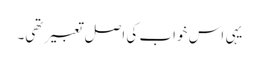
یہی اس خواب کی اصل تعبیر تھی۔